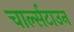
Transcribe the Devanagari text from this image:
चार्ल्सटाउन